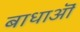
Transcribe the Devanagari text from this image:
बाधाऒं